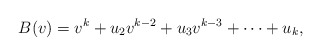
\begin{align*}B(v) =v^k +u_2 v^{k-2} + u_3 v^{k-3} + \cdots + u_k,\end{align*}